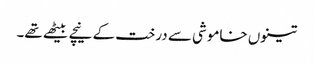
تینوں خاموشی سے درخت کے نیچے بیٹھے تھے۔